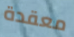
معقدة